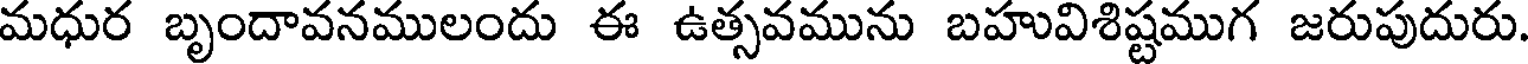
మధుర బృందావనములందు ఈ ఉత్సవమును బహువిశిష్టముగ జరుపుదురు.